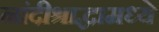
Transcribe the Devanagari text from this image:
नांदीश्राद्धामध्ये